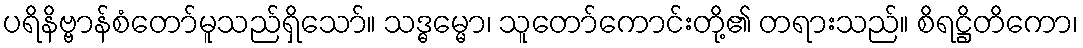
ပရိနိဗ္ဗာန်စံတော်မူသည်ရှိသော်။ သဒ္ဓမ္မော၊ သူတော်ကောင်းတို့၏ တရားသည်။ စိရဋ္ဌိတိကော၊